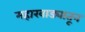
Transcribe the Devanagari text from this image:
महारवाड्यातून